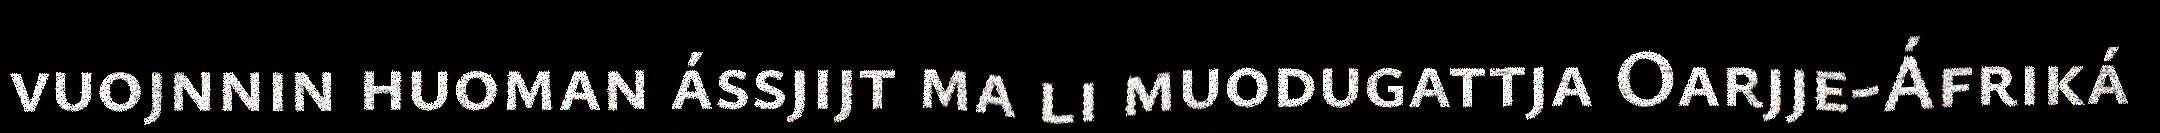
vuojnnin huoman ássjijt ma li muodugattja Oarjje-Áfriká